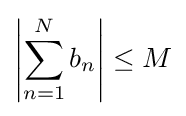
\left|\sum _{n=1}^{N}b_{n}\right|\leq M